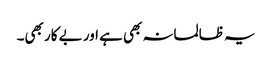
یہ ظالمانہ بھی ہے اور بے کار بھی۔